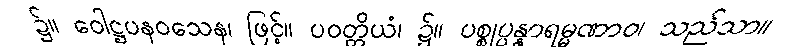
၌။ ဝေါဋ္ဌပနဝသေန၊ ဖြင့်။ ပဝတ္တိယံ၊ ၌။ ပစ္စုပ္ပန္နာရမ္မဏာဝ၊ သည်သာ။